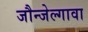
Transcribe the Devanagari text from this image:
जौन्जेल्गावा